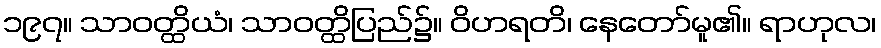
၁၉၇။ သာဝတ္ထိယံ၊ သာဝတ္ထိပြည်၌။ ဝိဟရတိ၊ နေတော်မူ၏။ ရာဟုလ၊